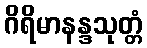
ဂိရိမာနန္ဒသုတ္တံ